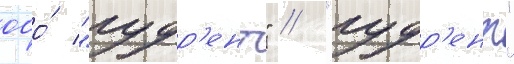
ооо́ "гудр'ент" // "гудр'ент"